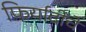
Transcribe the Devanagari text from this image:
फिर्यादींचे